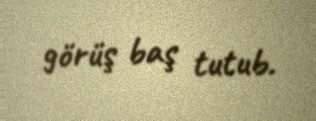
görüş baş tutub.